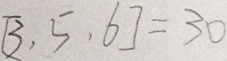
[ 3 , 5 , 6 ] = 3 0